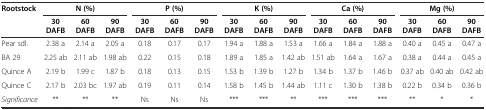
| <ROWSPAN=2> Rootstock | <COLSPAN=3> N (%) | <COLSPAN=3> P (%) | <COLSPAN=3> K (%) | <COLSPAN=3> Ca (%) | <COLSPAN=3> Mg (%) |
 | 30 DAFB | 60 DAFB | 90 DAFB | 30 DAFB | 60 DAFB | 90 DAFB | 30 DAFB | 60 DAFB | 90 DAFB | 30 DAFB | 60 DAFB | 90 DAFB | 30 DAFB | 60 DAFB | 90 DAFB |
 | --- | --- | --- | --- | --- | --- | --- | --- | --- | --- | --- | --- | --- | --- | --- | --- |
 | Pear sdl. | 2.38 a | 2.14 a | 2.05 a | 0.18 | 0.17 | 0.17 | 1.94 a | 1.88 a | 1.53 a | 1.66 a | 1.84 a | 1.88 a | 0.40 a | 0.45 a | 0.47 a |
 | BA 29 | 2.25 ab | 2.11 ab | 1.98 ab | 0.22 | 0.15 | 0.18 | 1.89 a | 1.85 a | 1.42 ab | 1.51 ab | 1.64 a | 1.67 a | 0.38 a | 0.44 a | 0.45 a |
 | Quince A | 2.19 b | 1.99 c | 1.87 b | 0.18 | 0.13 | 0.15 | 1.53 b | 1.39 b | 1.27 b | 1.34 b | 1.37 b | 1.46 b | 0.37 ab | 0.40 ab | 0.42 ab |
 | Quince C | 2.17 b | 2.03 bc | 1.97 ab | 0.19 | 0.11 | 0.14 | 1.58 b | 1.45 b | 1.44 ab | 1.11 c | 1.30 b | 1.38 b | 0.22 b | 0.34 b | 0.36 b |
 | Significance | ** | ** | ** | Ns | Ns | Ns | *** | *** | ** | *** | *** | *** | ** | * | * |